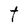
Character: t